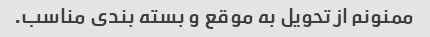
ممنونم از تحویل به موقع و بسته بندی مناسب.